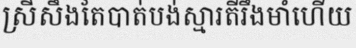
ស្រីសឹងតែបាត់បង់ស្មារតីរឹងមាំហើយ